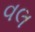
વલ